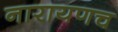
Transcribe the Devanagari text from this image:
नारायणच